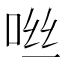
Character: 咝